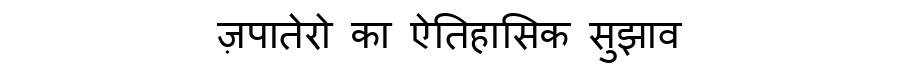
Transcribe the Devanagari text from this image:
ज़पातेरो का ऐतिहासिक सुझाव